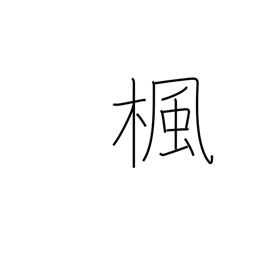
Meaning: maple